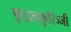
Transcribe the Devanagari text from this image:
कुट्रालकुरिञ्जी